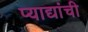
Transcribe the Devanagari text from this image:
प्याद्यांची